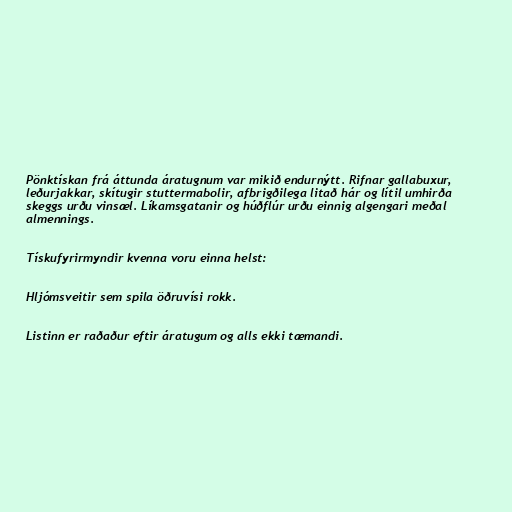
Pönktískan frá áttunda áratugnum var mikið endurnýtt. Rifnar gallabuxur,
leðurjakkar, skítugir stuttermabolir, afbrigðilega litað hár og lítil umhirða
skeggs urðu vinsæl. Líkamsgatanir og húðflúr urðu einnig algengari meðal
almennings.

Tískufyrirmyndir kvenna voru einna helst:

Hljómsveitir sem spila öðruvísi rokk.

Listinn er raðaður eftir áratugum og alls ekki tæmandi.